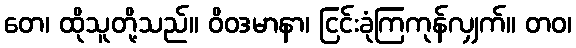
တေ၊ ထိုသူတို့သည်။ ဝိဝဒမာနာ၊ ငြင်းခုံကြကုန်လျှက်။ တဝ၊